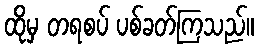
ထိုမှ တရစပ် ပစ်ခတ်ကြသည်။